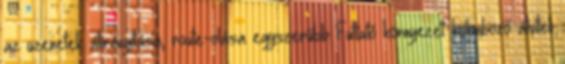
az üzenetek átirányítása, route-olása egyszerűbb Futtató környezet: különböző átviteli